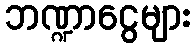
ဘဏ္ဍာငွေများ